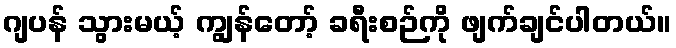
ဂျပန် သွားမယ့် ကျွန်တော့် ခရီးစဉ်ကို ဖျက်ချင်ပါတယ်။